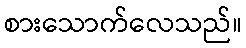
စားသောက်လေသည်။